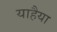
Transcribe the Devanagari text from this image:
याहैया